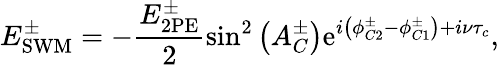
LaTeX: E_{\mathrm{SWM}}^{\pm}=-\frac{E_{\mathrm{2PE}}^{\pm}}{2}\sin^{2}\left(A_{C}^{\pm}\right)\mathrm{e}^{i\left(\phi_{C2}^{\pm}-\phi_{C1}^{\pm}\right)+i\nu\tau_{c}},